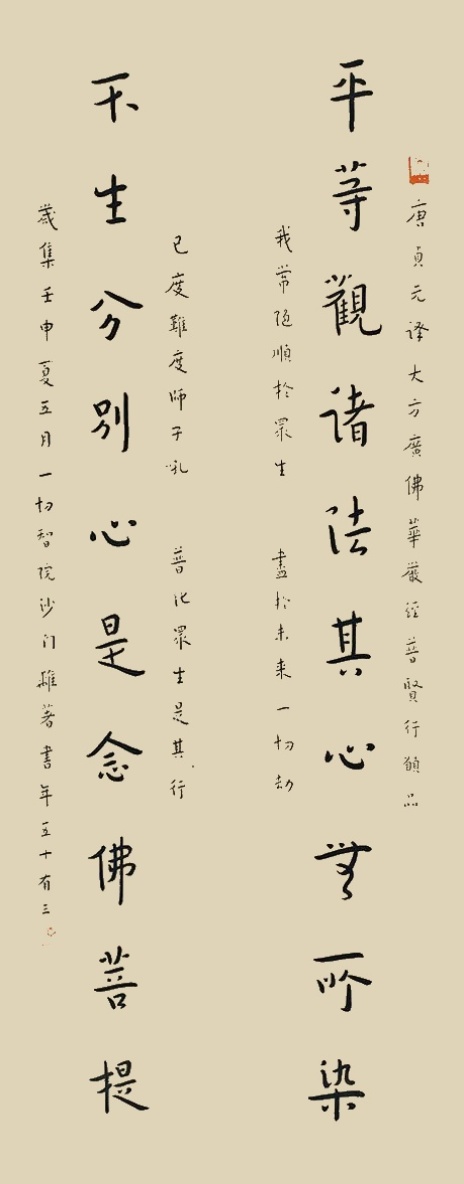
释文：平等渚观法其心无所染，不生分别心是念佛菩提。唐贞元泽大方广佛华严经普贤行愿品，我常随顺于众生，尽于未来一切劫。已度难度师子吼，普化众生是其行。岁集壬申夏五月一切智院沙门难着书年五十有三。